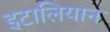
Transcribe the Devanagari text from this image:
इटालियान